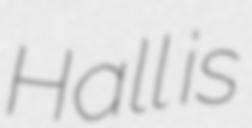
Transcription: Hall is